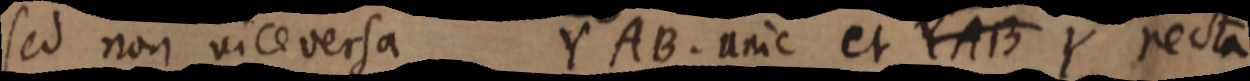
sed non viceversa Y AB. unic et YAB Y recta